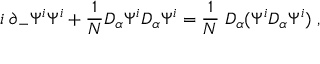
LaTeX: i \; \partial _ { - } \Psi ^ { i } \Psi ^ { i } + { \frac { 1 } { N } } D _ { \alpha } \Psi ^ { i } D _ { \alpha } \Psi ^ { i } = { \frac { 1 } { N } } \; D _ { \alpha } ( \Psi ^ { i } D _ { \alpha } \Psi ^ { i } ) \; ,